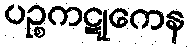
ပဉ္စကဋုကေန